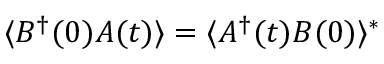
\langle B ^ { \dag } ( 0 ) A ( t ) \rangle = \langle A ^ { \dag } ( t ) B ( 0 ) \rangle ^ { * }